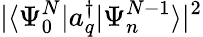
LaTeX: |\langle\Psi_{0}^{N}|a_{q}^{\dagger}|\Psi_{n}^{N-1}\rangle|^{2}